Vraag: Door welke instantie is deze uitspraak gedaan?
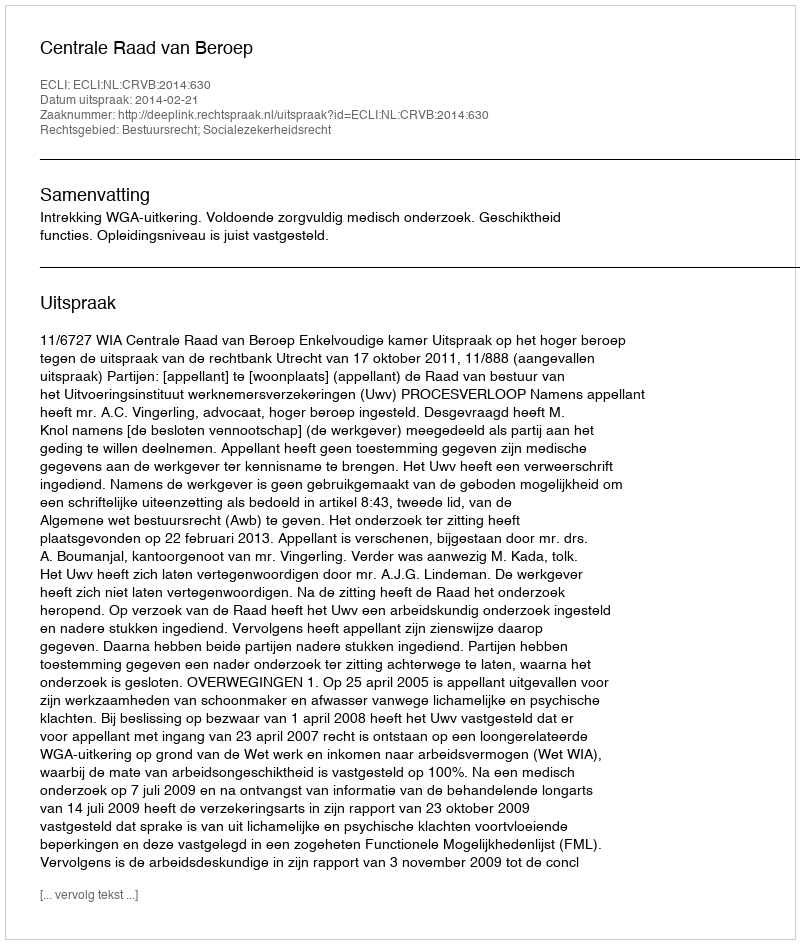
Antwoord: Centrale Raad van Beroep